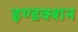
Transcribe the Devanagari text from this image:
इण्डक्शन